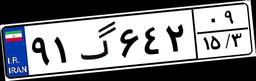
۲۵گ۰۷۹۳۴